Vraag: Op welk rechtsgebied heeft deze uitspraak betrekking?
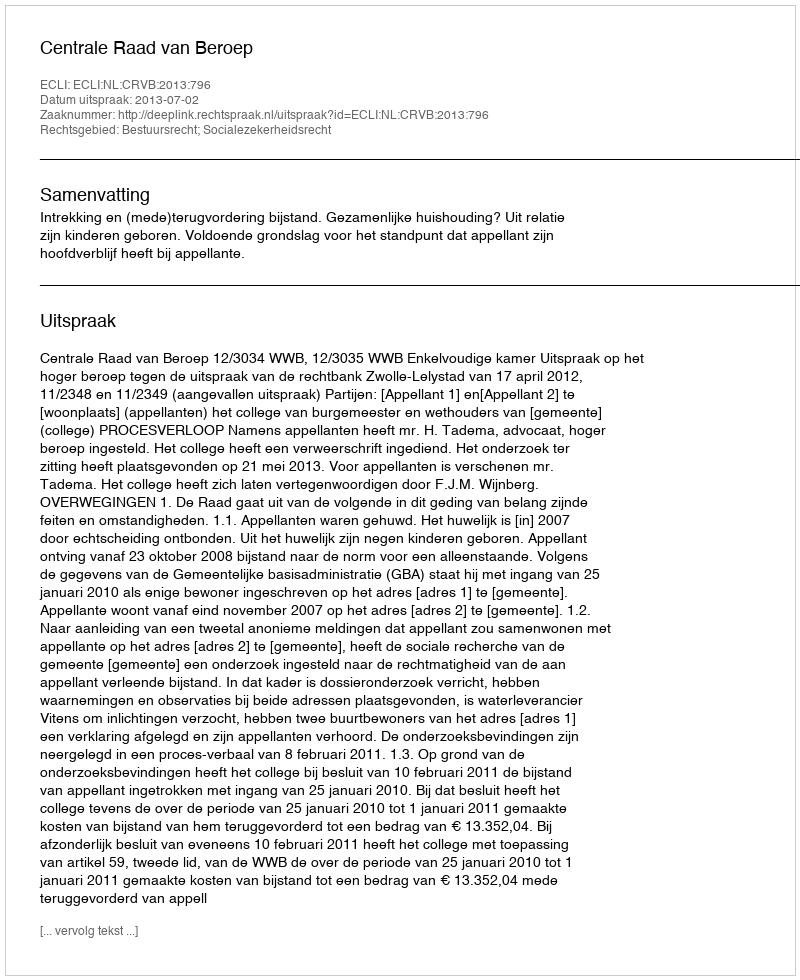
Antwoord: Bestuursrecht; Socialezekerheidsrecht